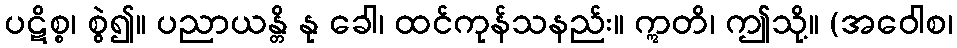
ပဋိစ္စ၊ စွဲ၍။ ပညာယန္တိ နု ခေါ၊ ထင်ကုန်သနည်း။ ဣတိ၊ ဤသို့။ (အဝေါစ၊